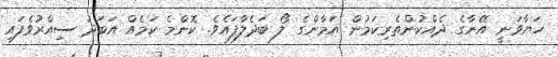
ހަޔާވަނީ އޭނާގެ ދެއްކުންތެރިކަމުން އަމާންގެ ލޯ ބަދެލާފައެވެ. ކޮންމެ ކަމެއް އަބަދު ސިއްރުވެފައި